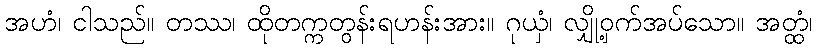
အဟံ၊ ငါသည်။ တဿ၊ ထိုတက္ကတွန်းရဟန်းအား။ ဂုယှံ၊ လျှို့ဝှက်အပ်သော။ အတ္ထံ၊